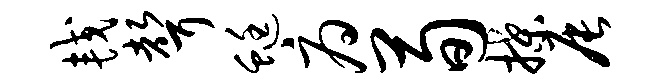
较声蜓府荀揲辰